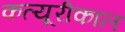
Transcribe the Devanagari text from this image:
कत्यूरीकाल